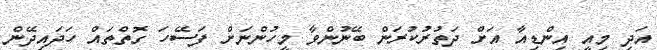
އަދި މިއީ އިންޑިއާ އަށް ދަތުރުކުރަން ބޭނުންވާ މީހުންނަށް ފަސޭހަ ގޮތްތައް ހަދައިދޭން